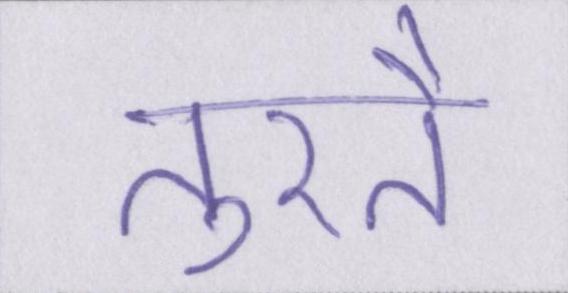
तुरतै